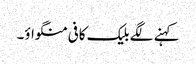
کہنے لگے بلیک کافی منگواؤ۔